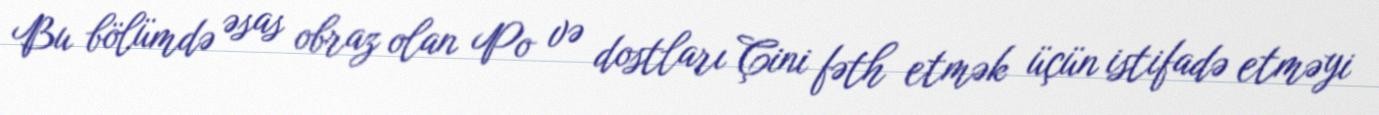
Bu bölümdə əsas obraz olan Po və dostları Çini fəth etmək üçün istifadə etməyi